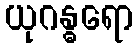
ယုဂန္ဓရော